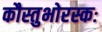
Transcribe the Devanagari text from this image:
कौस्तुभोरस्कः